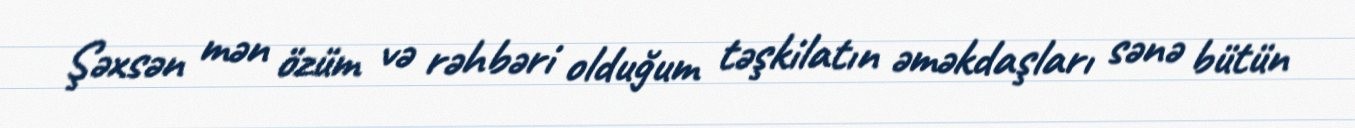
Şəxsən mən özüm və rəhbəri olduğum təşkilatın əməkdaşları sənə bütün